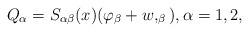
LaTeX: \begin{align*} Q_\alpha= S_{\alpha \beta}(x) (\varphi_\beta + w,_\beta), \alpha=1,2,\end{align*}